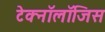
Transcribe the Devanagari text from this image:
टेक्नॉलॉजिस